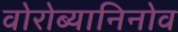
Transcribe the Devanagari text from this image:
वोरोब्यानिनोव